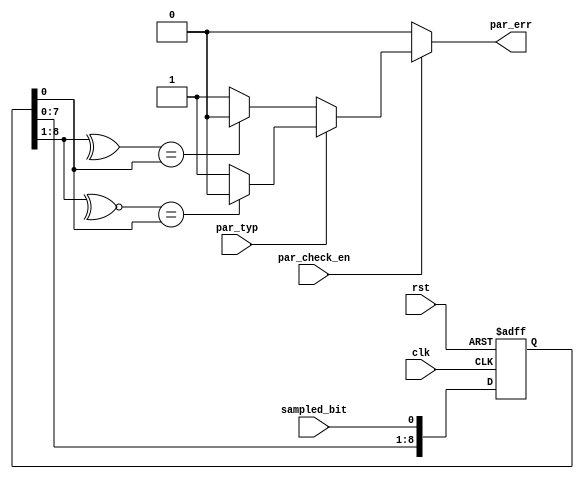
module parity_check #(
    parameter width=9
) (
    input   wire     sampled_bit,
    input   wire     par_typ,
    input   wire     clk,
    input   wire     rst,
    input   wire     par_check_en,
    output  reg      par_err
);
reg [width-1:0]     register;

    always @(posedge clk or negedge rst) begin
        if(!rst)
        begin
            register <= 'b0;
        end
        else
        register <= {register,sampled_bit};
        
    end
    always @(*) begin
	par_err = 1'b0;
        if(par_check_en)
        if(!par_typ) //even parity
        if(^register[width-1:1]==register[0])
        par_err=1'b0;
        else 
        par_err=1'b1;
        else if(par_typ)    //odd parity
        if(~^register[width-1:1]==register[0])
        par_err=1'b0;
        else 
        par_err=1'b1;
        else 
        par_err=1'b0;
    end 
endmodule